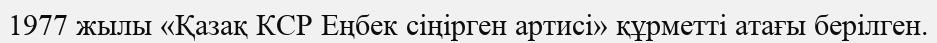
1977 жылы «Қазақ КСР Еңбек сіңірген артисі» құрметті атағы берілген.